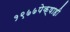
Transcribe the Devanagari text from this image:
१९७७पेक्षाही